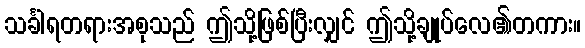
သင်္ခါရတရားအစုသည် ဤသို့ဖြစ်ပြီးလျှင် ဤသို့ချုပ်လေ၏တကား။